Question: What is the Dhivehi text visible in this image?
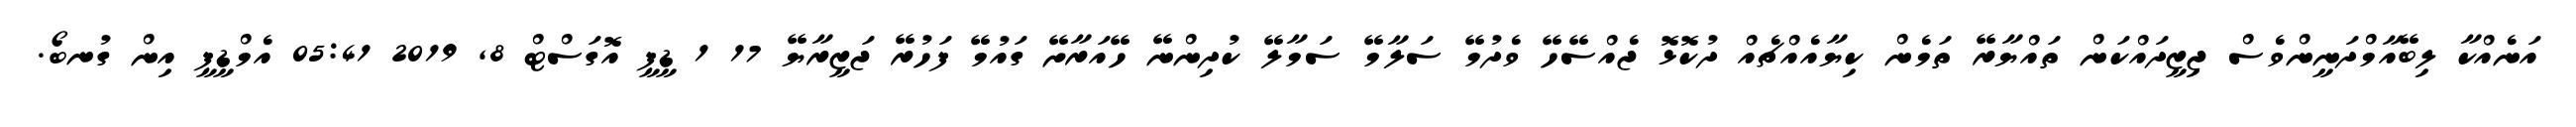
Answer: އަނެއްކާ ލިބޭއާމްދަނީންވެސް ޖިޒީދައްކަން ތައްޔާރޭ ތަމެން ކިޔާއެއްޗެއް ދުކޮޅޮ ޖެއްސޭހޭ ވެދުމޭ ސަލާމޭ ސަމާލޭ ކުދިންނޭ ހޭއަރާށޭ ގައުމޭ ފަހުރޭ ޖަޒީރާޔޭ 17 1 ޑީޕީ އޮގަސްޓް 8, 2019 05:41 އެމްޑީޕީ އިން ގުނބޯ.